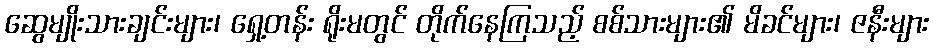
ဆွေမျိုးသားချင်းများ၊ ရှေ့တန်း ရိုးမတွင် တိုက်နေကြသည့် စစ်သားများ၏ မိခင်များ၊ ဇနီးများ